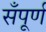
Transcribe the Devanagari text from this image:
सँपूर्ण